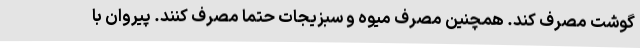
گوشت مصرف کند. همچنین مصرف میوه و سبزیجات حتما مصرف کنند. پیروان با